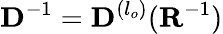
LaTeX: \mathbf{D}^{-1}=\mathbf{D}^{(l_{o})}(\mathbf{R}^{-1})